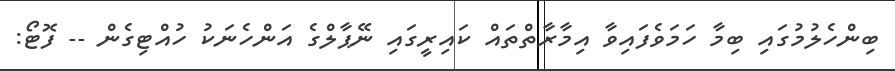
ބިންހެލުމުގައި ބިމާ ހަމަވެފައިވާ އިމާރާތްތައް ކައިރީގައި ނޭޕާލްގެ އަންހެނަކު ހުއްޓިގެން -- ފޮޓޯ: